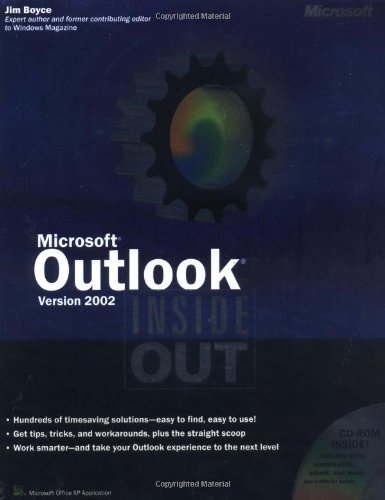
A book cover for MicrosoftÂ® OutlookÂ® Version 2002 Inside Out; Jim Boyce; Computers & Technology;